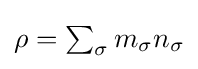
{\textstyle \rho =\sum _{\sigma }m_{\sigma }n_{\sigma }}